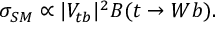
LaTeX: \sigma _ { S M } \propto | V _ { t b } | ^ { 2 } B ( t \rightarrow W b ) .